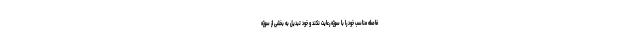
فاصله مناسب خود را با سوژه رعایت نکند و خود تبدیل به بخشی از سوژه